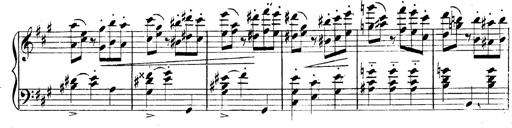
Title: 3 Caprices-Valses
Composer: Franz Liszt